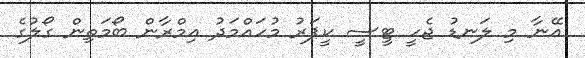
އޭނާ މި ލަނޑު ޖެހީ ޓީސީ ކީޕަރު މުހައްމަދު އިމްރާން ބޯމަތިން ގޯލުގެ